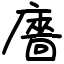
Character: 廧